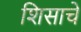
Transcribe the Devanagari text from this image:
शिसाचे